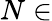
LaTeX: N\in